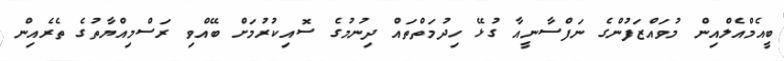
ބީއެމްއެލްއިން މުވައްޒަފުންގެ ނަފްސާނީއާ ގުޅޭ ހިދުމަތްތައް ދިނުމުގެ ސޮއިކުރުމަށް ބޭއްވި ރަސްމިއްޔާތުގެ ތެރެއިން